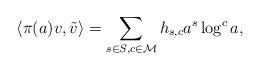
LaTeX: \begin{align*}\left<\pi(a)v,\tilde{v}\right>=\sum_{s\in S,c\in \mathcal{M}} h_{s,c}a^s\log^c a,\end{align*}